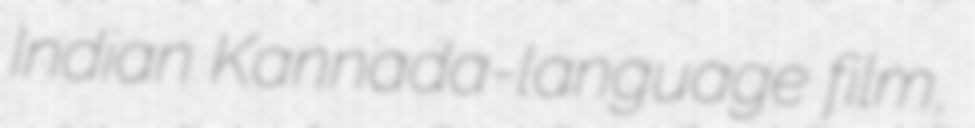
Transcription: Indian Kannada-language film,